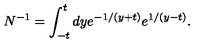
N ^ { - 1 } = \int _ { - t } ^ { t } d y e ^ { - 1 / ( y + t ) } e ^ { 1 / ( y - t ) } .